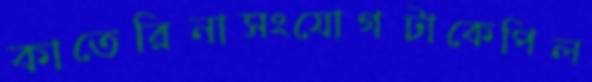
কাতেরিনাসংযোগটাকেপিল